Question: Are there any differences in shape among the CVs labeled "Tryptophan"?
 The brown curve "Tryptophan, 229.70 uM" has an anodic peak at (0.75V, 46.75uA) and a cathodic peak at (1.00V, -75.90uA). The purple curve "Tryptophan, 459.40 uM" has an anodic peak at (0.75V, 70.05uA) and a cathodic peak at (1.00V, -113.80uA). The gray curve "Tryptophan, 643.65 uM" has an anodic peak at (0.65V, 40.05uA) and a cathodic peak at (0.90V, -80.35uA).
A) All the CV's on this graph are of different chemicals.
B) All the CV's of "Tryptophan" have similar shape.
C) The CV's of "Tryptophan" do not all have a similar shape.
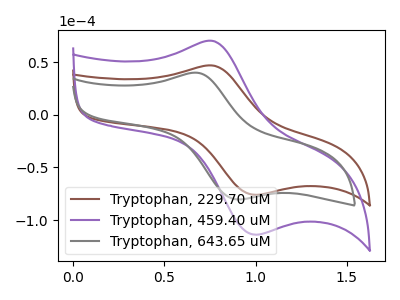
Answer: <think>All the peaks in "Tryptophan, 229.70 uM" have a peak in "Tryptophan, 459.40 uM" at the same potential. Every peak in "Tryptophan, 229.70 uM" is lower than every peak in "Tryptophan, 459.40 uM". "Tryptophan, 229.70 uM" and "Tryptophan, 643.65 uM" have at least one peak that do not match. "Tryptophan, 459.40 uM" and "Tryptophan, 643.65 uM" have at least one peak that do not match.
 </think>
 <answer>B) All the CV's of "Tryptophan" have similar shape.</answer>
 <eval>B</eval>